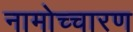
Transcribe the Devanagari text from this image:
नामोच्चारण